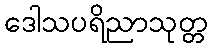
ဒေါသပရိညာသုတ္တ